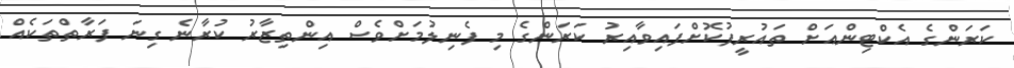
ކަރަންގެ އެކްޓިންއަށް ތައުރީފުކޮށްފައިވާއިރު ކަރަންގެ މި ފެނިލުމަށްވެސް އިންތިޒާރު ކުރާނެ ގިނަ ފަރާތްތަކެއް